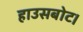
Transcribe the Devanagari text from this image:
हाउसबोट।